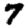
Digit: 7